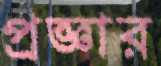
প্রজ্ঞার